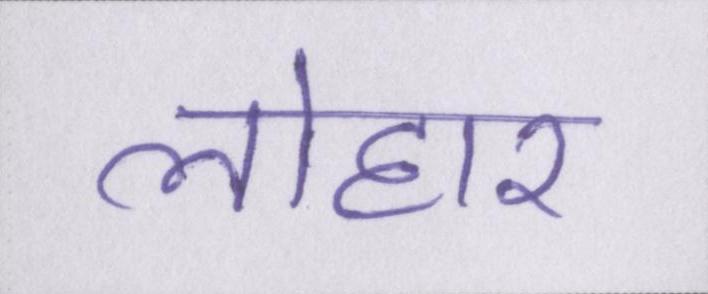
लोहार